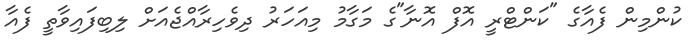
ކުންމިން ފެއާގެ "ކަންޓްރީ އޮފް އޮނާ"ގެ މަގާމު މިއަހަރު ދިވެހިރާއްޖެއަށް ލިބިފައިވާތީ ފެއާ